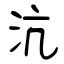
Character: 沆